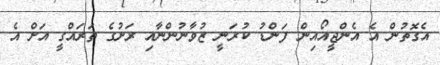
އެގޮތުން އެ އެންޖީއޯއިން ފަންޑު ކުރަނީ ޒުވާނުންނާއި ރަށުގެ ތަރައްގީ އަށް އެ